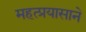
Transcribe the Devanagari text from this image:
महत्प्रयासाने